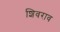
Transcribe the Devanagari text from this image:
शिवराव